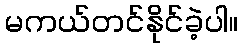
မကယ်တင်နိုင်ခဲ့ပါ။